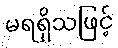
မရရှိသဖြင့်